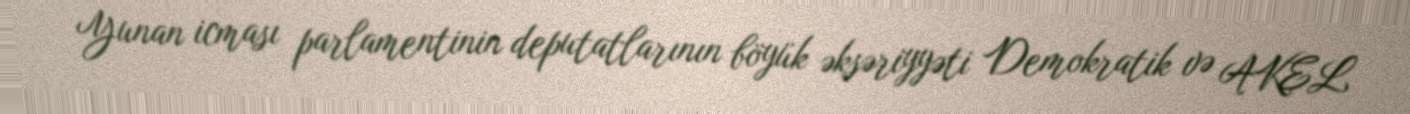
Yunan icması parlamentinin deputatlarının böyük əksəriyyəti Demokratik və AKEL